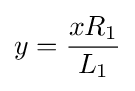
y={xR_{1} \over L_{1}}